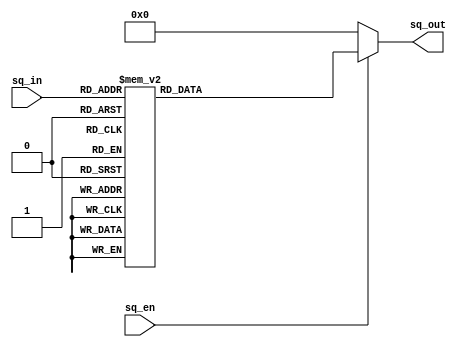
module sq(
    input [7:0] sq_in, //s1.6
    input sq_en,
    output reg [7:0] sq_out //0.8
);
    

    always@(*) begin

        if (sq_en) begin
        case(sq_in)

        default : sq_out = 8'b11111111;

        8'b00000000 : sq_out = 8'b00000000;
        8'b00000001 : sq_out = 8'b00000000;
        8'b00000010 : sq_out = 8'b00000000;
        8'b00000011 : sq_out = 8'b00000001;
        8'b00000100 : sq_out = 8'b00000001;
        8'b00000101 : sq_out = 8'b00000010;
        8'b00000110 : sq_out = 8'b00000010;
        8'b00000111 : sq_out = 8'b00000011;
        8'b00001000 : sq_out = 8'b00000100;
        8'b00001001 : sq_out = 8'b00000101;
        8'b00001010 : sq_out = 8'b00000110;
        8'b00001011 : sq_out = 8'b00001000;
        8'b00001100 : sq_out = 8'b00001001;
        8'b00001101 : sq_out = 8'b00001011;
        8'b00001110 : sq_out = 8'b00001100;
        8'b00001111 : sq_out = 8'b00001110;
        8'b00010000 : sq_out = 8'b00010000;
        8'b00010001 : sq_out = 8'b00010010;
        8'b00010010 : sq_out = 8'b00010100;
        8'b00010011 : sq_out = 8'b00010111;
        8'b00010100 : sq_out = 8'b00011001;
        8'b00010101 : sq_out = 8'b00011100;
        8'b00010110 : sq_out = 8'b00011110;
        8'b00010111 : sq_out = 8'b00100001;
        8'b00011000 : sq_out = 8'b00100100;
        8'b00011001 : sq_out = 8'b00100111;
        8'b00011010 : sq_out = 8'b00101010;
        8'b00011011 : sq_out = 8'b00101110;
        8'b00011100 : sq_out = 8'b00110001;
        8'b00011101 : sq_out = 8'b00110101;
        8'b00011110 : sq_out = 8'b00111000;
        8'b00011111 : sq_out = 8'b00111100;
        8'b00100000 : sq_out = 8'b01000000;
        8'b00100001 : sq_out = 8'b01000100;
        8'b00100010 : sq_out = 8'b01001000;
        8'b00100011 : sq_out = 8'b01001101;
        8'b00100100 : sq_out = 8'b01010001;
        8'b00100101 : sq_out = 8'b01010110;
        8'b00100110 : sq_out = 8'b01011010;
        8'b00100111 : sq_out = 8'b01011111;
        8'b00101000 : sq_out = 8'b01100100;
        8'b00101001 : sq_out = 8'b01101001;
        8'b00101010 : sq_out = 8'b01101110;
        8'b00101011 : sq_out = 8'b01110100;
        8'b00101100 : sq_out = 8'b01111001;
        8'b00101101 : sq_out = 8'b01111111;
        8'b00101110 : sq_out = 8'b10000100;
        8'b00101111 : sq_out = 8'b10001010;
        8'b00110000 : sq_out = 8'b10010000;
        8'b00110001 : sq_out = 8'b10010110;
        8'b00110010 : sq_out = 8'b10011100;
        8'b00110011 : sq_out = 8'b10100011;
        8'b00110100 : sq_out = 8'b10101001;
        8'b00110101 : sq_out = 8'b10110000;
        8'b00110110 : sq_out = 8'b10110110;
        8'b00110111 : sq_out = 8'b10111101;
        8'b00111000 : sq_out = 8'b11000100;
        8'b00111001 : sq_out = 8'b11001011;
        8'b00111010 : sq_out = 8'b11010010;
        8'b00111011 : sq_out = 8'b11011010;
        8'b00111100 : sq_out = 8'b11100001;
        8'b00111101 : sq_out = 8'b11101001;
        8'b00111110 : sq_out = 8'b11110000;
        8'b00111111 : sq_out = 8'b11111000;

        8'b11000001 : sq_out = 8'b11111000;
        8'b11000010 : sq_out = 8'b11110000;
        8'b11000011 : sq_out = 8'b11101001;
        8'b11000100 : sq_out = 8'b11100001;
        8'b11000101 : sq_out = 8'b11011010;
        8'b11000110 : sq_out = 8'b11010010;
        8'b11000111 : sq_out = 8'b11001011;
        8'b11001000 : sq_out = 8'b11000100;
        8'b11001001 : sq_out = 8'b10111101;
        8'b11001010 : sq_out = 8'b10110110;
        8'b11001011 : sq_out = 8'b10110000;
        8'b11001100 : sq_out = 8'b10101001;
        8'b11001101 : sq_out = 8'b10100011;
        8'b11001110 : sq_out = 8'b10011100;
        8'b11001111 : sq_out = 8'b10010110;
        8'b11010000 : sq_out = 8'b10010000;
        8'b11010001 : sq_out = 8'b10001010;
        8'b11010010 : sq_out = 8'b10000100;
        8'b11010011 : sq_out = 8'b01111111;
        8'b11010100 : sq_out = 8'b01111001;
        8'b11010101 : sq_out = 8'b01110100;
        8'b11010110 : sq_out = 8'b01101110;
        8'b11010111 : sq_out = 8'b01101001;
        8'b11011000 : sq_out = 8'b01100100;
        8'b11011001 : sq_out = 8'b01011111;
        8'b11011010 : sq_out = 8'b01011010;
        8'b11011011 : sq_out = 8'b01010110;
        8'b11011100 : sq_out = 8'b01010001;
        8'b11011101 : sq_out = 8'b01001101;
        8'b11011110 : sq_out = 8'b01001000;
        8'b11011111 : sq_out = 8'b01000100;
        8'b11100000 : sq_out = 8'b01000000;
        8'b11100001 : sq_out = 8'b00111100;
        8'b11100010 : sq_out = 8'b00111000;
        8'b11100011 : sq_out = 8'b00110101;
        8'b11100100 : sq_out = 8'b00110001;
        8'b11100101 : sq_out = 8'b00101110;
        8'b11100110 : sq_out = 8'b00101010;
        8'b11100111 : sq_out = 8'b00100111;
        8'b11101000 : sq_out = 8'b00100100;
        8'b11101001 : sq_out = 8'b00100001;
        8'b11101010 : sq_out = 8'b00011110;
        8'b11101011 : sq_out = 8'b00011100;
        8'b11101100 : sq_out = 8'b00011001;
        8'b11101101 : sq_out = 8'b00010111;
        8'b11101110 : sq_out = 8'b00010100;
        8'b11101111 : sq_out = 8'b00010010;
        8'b11110000 : sq_out = 8'b00010000;
        8'b11110001 : sq_out = 8'b00001110;
        8'b11110010 : sq_out = 8'b00001100;
        8'b11110011 : sq_out = 8'b00001011;
        8'b11110100 : sq_out = 8'b00001001;
        8'b11110101 : sq_out = 8'b00001000;
        8'b11110110 : sq_out = 8'b00000110;
        8'b11110111 : sq_out = 8'b00000101;
        8'b11111000 : sq_out = 8'b00000100;
        8'b11111001 : sq_out = 8'b00000011;
        8'b11111010 : sq_out = 8'b00000010;
        8'b11111011 : sq_out = 8'b00000010;
        8'b11111100 : sq_out = 8'b00000001;
        8'b11111101 : sq_out = 8'b00000001;
        8'b11111110 : sq_out = 8'b00000000;
        8'b11111111 : sq_out = 8'b00000000;

        endcase
        end
        else sq_out = 0;

    end
endmodule